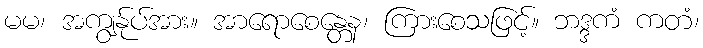
မမ၊ အကျွန်ုပ်အား။ အာရောစေန္တေန၊ ကြားစေသဖြင့်။ ဘဒ္ဒကံ ကတံ၊